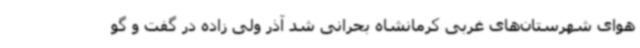
هوای شهرستان‌های غربی کرمانشاه بحرانی شد آذر ولی زاده در گفت و گو